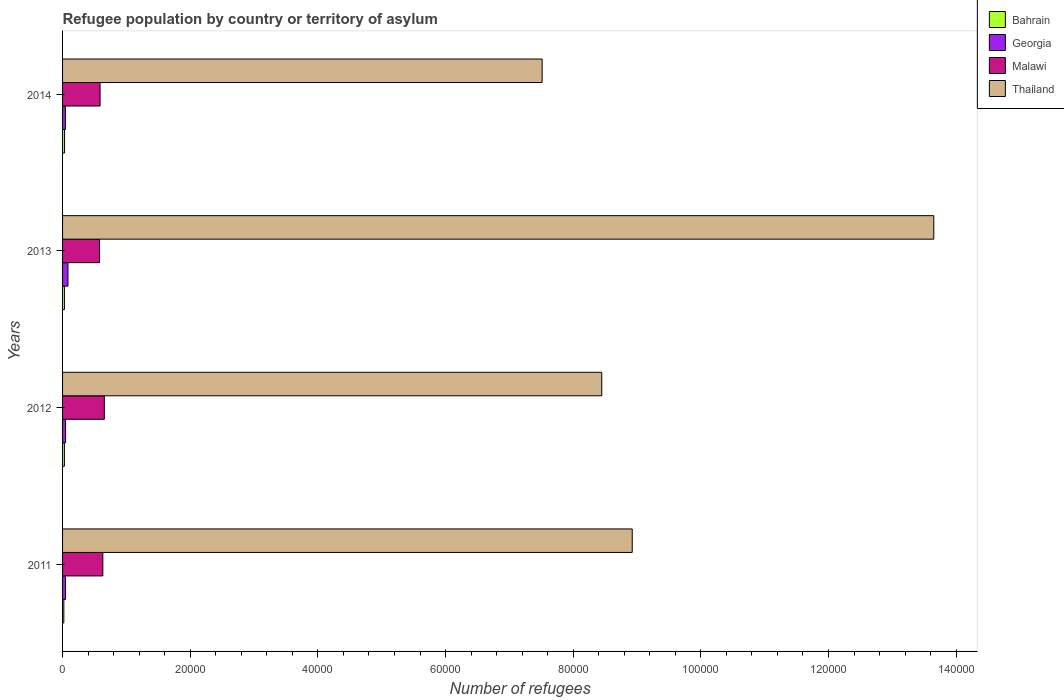
| Years | Bahrain | Georgia | Malawi | Thailand |
 | --- | --- | --- | --- | --- |
 | 2011 | 199 | 462 | 6.31e+03 | 8.93e+04 |
 | 2012 | 289 | 469 | 6.54e+03 | 8.45e+04 |
 | 2013 | 294 | 847 | 5.8e+03 | 1.36e+05 |
 | 2014 | 311 | 442 | 5.87e+03 | 7.51e+04 |